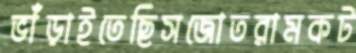
ভাঁড়াইতেছিসজোতরামকট